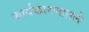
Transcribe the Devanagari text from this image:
कार्यकारणातले